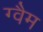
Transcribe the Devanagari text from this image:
ग्वैम